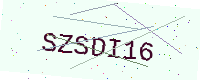
Text: SZSDI16